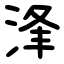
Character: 浲